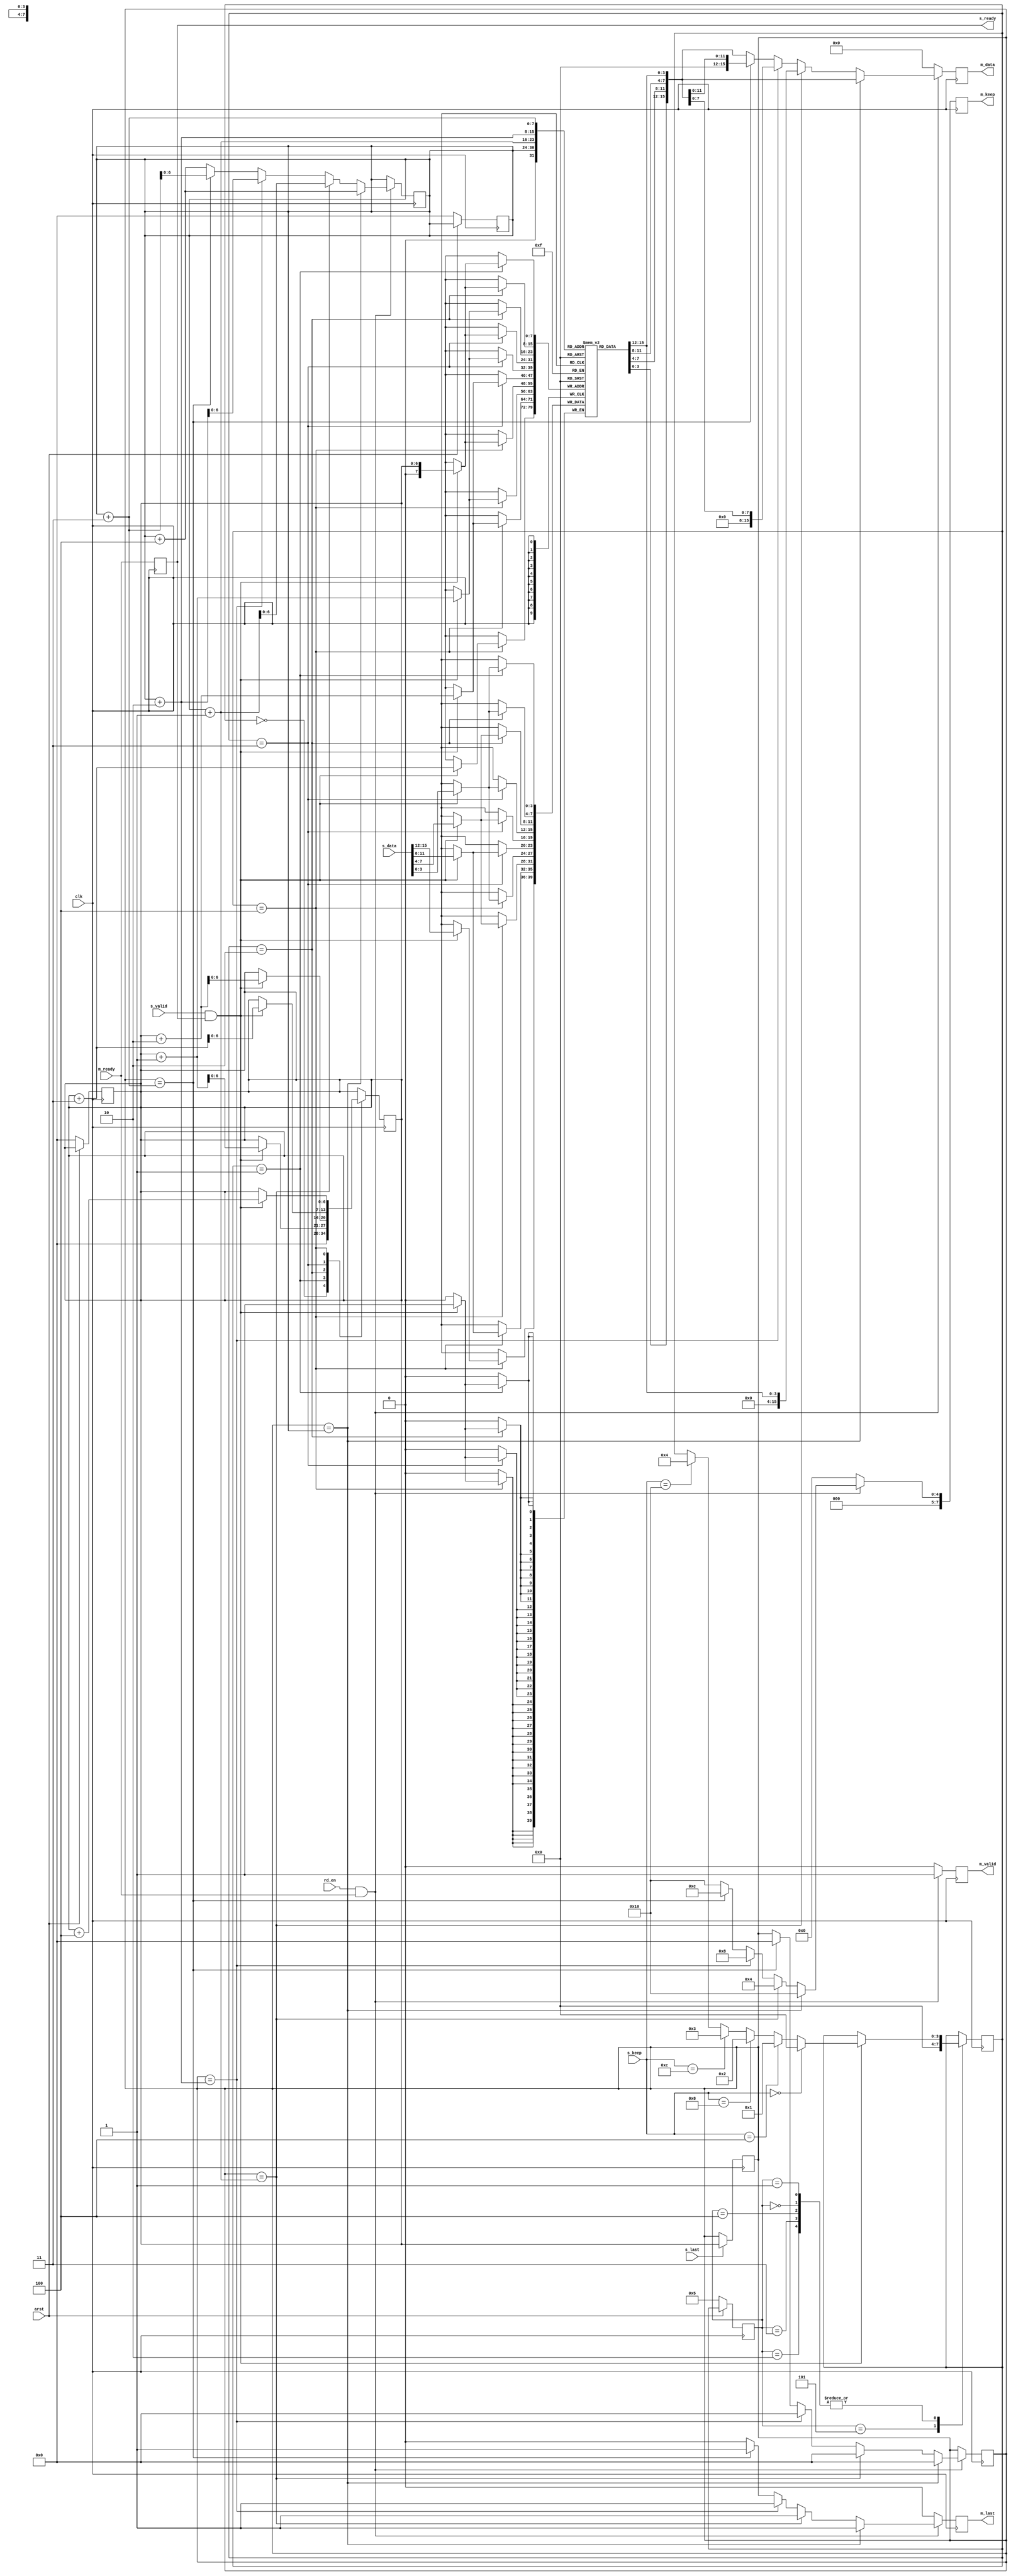
`timescale 1ns / 1ps
//////////////////////////////////////////////////////////////////////////////////
// Company: 
// Engineer: 
// 
// Design Name: 
// Module Name: fsm1
// Project Name: 
// Target Devices: 
// Tool Versions: 
// Description: 
// 
// Dependencies: 
// 
// Revision:
// Revision 0.01 - File Created
// Additional Comments:
// 
//////////////////////////////////////////////////////////////////////////////////


module fsm1(
input clk,
input arst,
input [15:0]s_data,
input s_valid,
input s_last,
output reg s_ready,
input [7:0]s_keep,
output  reg [15:0] m_data,
output reg m_valid,
output reg m_last,
input  m_ready,
output reg [7:0]m_keep,
input rd_en//,input [11:0]k
    );
    //localparam c;
    reg [11:0]n=0;reg [6:0]temp,temp1,temp2,tem;
    reg [3:0]fifo[128:0];reg[2:0]count;//reg[2:0]rd_count;
    reg [6:0]wr_ptr,rd_ptr;
    //reg rd_en;
    reg [3:0]state,next_state;
    parameter s0=3'd0,s1=3'd1,s2=3'd2,s3=3'd3,s4=3'd4,idle=3'd5;
    always@(posedge clk)
    begin
    s_ready=m_ready;
    end
    
    always@(posedge clk)
    begin
    if(~arst) begin
    wr_ptr<=0;rd_ptr<=0;count<=0;
    state<=idle;
    end
    else
    state<=next_state;
    end
    
    always@(posedge clk)
    begin
    case(state)
    idle:begin
           next_state=s0;
        end
    s0:begin
          if(s_valid & s_ready)
          begin
            if(s_keep==7'd0)
            next_state=s0;
            else if(s_keep==7'd4)
            next_state=s1;
            else if(s_keep==7'd8)
            next_state=s2;
            else if(s_keep==7'd12)
            next_state=s3;
            else if(s_keep==7'd16)
            next_state=s4;
          end
        end
     s1:begin
           if(s_valid & s_ready)
              begin
                if(s_keep==7'd0)
                next_state=s0;
                else if(s_keep==7'd4)
                next_state=s1;
                else if(s_keep==7'd8)
                next_state=s2;
                else if(s_keep==7'd12)
                next_state=s3;
                else if(s_keep==7'd16)
                next_state=s4;
              end
        end
     s2:begin
          if(s_valid & s_ready)
             begin
               if(s_keep==7'd0)
                 next_state=s0;
                 else if(s_keep==7'd4)
                  next_state=s1;
                  else if(s_keep==7'd8)
                  next_state=s2;
                  else if(s_keep==7'd12)
                   next_state=s3;
                   else if(s_keep==7'd16)
                  next_state=s4;
               end
         end
   s3:begin
     if(s_valid & s_ready)
          begin
            if(s_keep==7'd0)
            next_state=s0;
            else if(s_keep==7'd4)
            next_state=s1;
            else if(s_keep==7'd8)
            next_state=s2;
            else if(s_keep==7'd12)
            next_state=s3;
            else if(s_keep==7'd16)
            next_state=s4;
          end 
          end      
    s4:begin
    if(s_valid & s_ready)
              begin
                if( s_keep==7'd0)
                next_state=s0;
                else if(s_keep==7'd4)
                next_state=s1;
                else if(s_keep==7'd8)
                next_state=s2;
                else if(s_keep==7'd12)
                next_state=s3;
                else if(s_keep==7'd16)
                next_state=s4;
              end
       end          
    endcase
    end
    
    always@(posedge clk)
    begin
    case(next_state)
    s0:begin
        wr_ptr<=0;
       end
    s1:begin
    if(s_valid & s_ready)
                  begin
       fifo[wr_ptr]<=s_data[3:0];
       wr_ptr<=wr_ptr+1;   
       end
       end
    s2:begin
    if(s_valid & s_ready)
                  begin
       fifo[wr_ptr]<=s_data[3:0];
       fifo[wr_ptr+1]<=s_data[7:4];
       wr_ptr<=wr_ptr+2;
       end end
    s3:begin
    if(s_valid & s_ready)
                  begin
       fifo[wr_ptr]<=s_data[3:0];
       fifo[wr_ptr+1]<=s_data[7:4];
       fifo[wr_ptr+2]<=s_data[12:8];
       wr_ptr<=wr_ptr+3;
       end end
    s4:begin if(s_valid & s_ready)
                     begin
          fifo[wr_ptr]<=s_data[3:0];
           fifo[wr_ptr+1]<=s_data[7:4];
           fifo[wr_ptr+2]<=s_data[11:8];
           fifo[wr_ptr+3]<=s_data[15:12];
           wr_ptr<=wr_ptr+4;
       end end
    
    endcase
    end
//    always@(posedge clk)
//    begin
//    if(rd_en)
//    begin
//   m_data={{fifo[rd_ptr+3],{fifo[rd_ptr+2]},{fifo[rd_ptr+1]},{fifo[rd_ptr]}}};
//    rd_ptr=rd_ptr+4;
//    n=n+1;
//    if(rd_ptr==temp)
//    m_last=1;
//    else
//    m_last=0;
//    m_valid<=1;
//    m_keep=7'd16;
//    end
    
//    end
    always@(posedge clk)
    begin
    case(next_state)
    s0:tem=0;
    s1:tem=1;
    s2:tem=2;
    s3:tem=3;
    s4:tem=4;
    endcase
    
    end
    
     always@(posedge clk)
        begin
             if(s_last==1)
               begin
                 temp<=wr_ptr;
                 temp1<=wr_ptr+tem-1;
                 temp2<=rd_ptr;
               end
        end
        always@(posedge clk)
          begin
            if(rd_en && m_ready)
              begin
                 if(temp==rd_ptr ) 
                    begin
                       temp=0;
                       m_data={{fifo[rd_ptr+3]},{fifo[rd_ptr+2]},{fifo[rd_ptr+1]},{fifo[rd_ptr]}};
                       rd_ptr<=rd_ptr+4;
                       m_keep<=7'd16;
                       m_valid<=1;
                       m_last=1;//temp=0;
                    end
               else if(temp==rd_ptr+1)
                    begin
                        m_data={{4'b0},{4'b0},{4'b0},{fifo[rd_ptr]}};
                        rd_ptr<=rd_ptr+1;
                        m_keep<=7'd4;
                        m_valid<=1;m_last=1;
                         temp=0;       // rd_ptr=temp;
                    end
              else if(temp==rd_ptr+2)
                   begin
                       m_data={{4'b0},{4'b0},{fifo[rd_ptr+1]},{fifo[rd_ptr]}};
                       rd_ptr<=rd_ptr+2;
                       m_keep<=7'd8;
                       m_valid<=1;
                       m_last=1;//rd_ptr<=temp;
                        temp=0;  
                  end
             else if(temp==rd_ptr+3)
                   begin          
                      m_data={{4'b0},{fifo[rd_ptr+2]},{fifo[rd_ptr+1]},{fifo[rd_ptr]}};
                      rd_ptr<=rd_ptr+3;
                      m_keep<=7'd12;
                      m_valid<=1;
                      m_last=1;//rd_ptr<=temp;
                       temp=0;  
                   end 
           //rd_ptr<=temp;
         
            else
                   begin                      
                       m_data={{fifo[rd_ptr+3],{fifo[rd_ptr+2]},{fifo[rd_ptr+1]},{fifo[rd_ptr]}}};
                       rd_ptr<=rd_ptr+4;
                       m_keep<=7'd16;
                       m_valid<=1;
                       m_last=0;
                   end
                       
       
        end
        else
        begin
        m_data=0;
        m_valid=0;
        m_last=0;
        m_keep=0;
        end
        end
endmodule